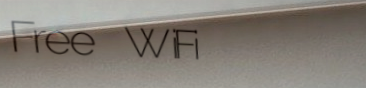
Free WiFi